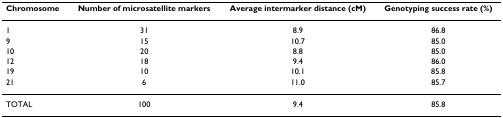
| Chromosome | Number of microsatellite markers | Average intermarker distance (cM) | Genotyping success rate (%) |
 | --- | --- | --- | --- |
 | 1 | 31 | 8.9 | 86.8 |
 | 9 | 15 | 10.7 | 85.0 |
 | 10 | 20 | 8.8 | 85.0 |
 | 12 | 18 | 9.4 | 86.0 |
 | 19 | 10 | 10.1 | 85.8 |
 | 21 | 6 | 11.0 | 85.7 |
 | TOTAL | 100 | 9.4 | 85.8 |